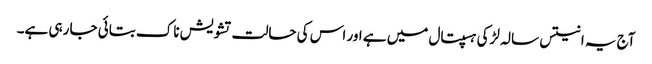
آج یہ انتیس سالہ لڑکی ہسپتال میں ہے اور اس کی حالت تشویش ناک بتائی جا رہی ہے۔